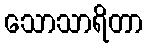
သောသာရိတာ